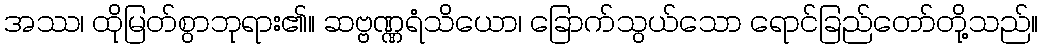
အဿ၊ ထိုမြတ်စွာဘုရား၏။ ဆဗ္ဗဏ္ဏရံသိယော၊ ခြောက်သွယ်သော ရောင်ခြည်တော်တို့သည်။